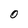
Character: 0